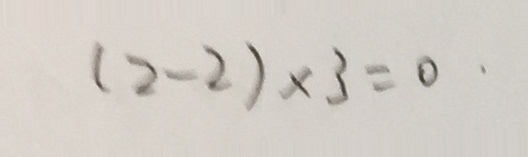
( 2 - 2 ) \times 3 = 0 \cdot